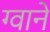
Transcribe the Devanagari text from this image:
ग्वाने